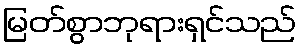
မြတ်စွာဘုရားရှင်သည်